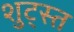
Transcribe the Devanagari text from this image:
शुट्स्त